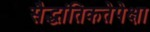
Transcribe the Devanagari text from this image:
सैद्धांतिकतेपेक्षा